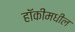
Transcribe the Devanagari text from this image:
हॉकीमधील